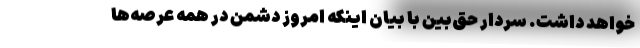
خواهد داشت. سردار حق‌بین با بیان اینکه امروز دشمن در همه عرصه‌ها